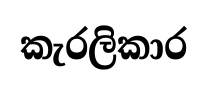
කැරලිකාර